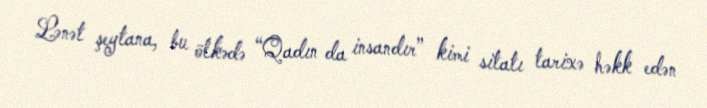
Lənət şeytana, bu ölkədə “Qadın da insandır” kimi sitatı tarixə həkk edən